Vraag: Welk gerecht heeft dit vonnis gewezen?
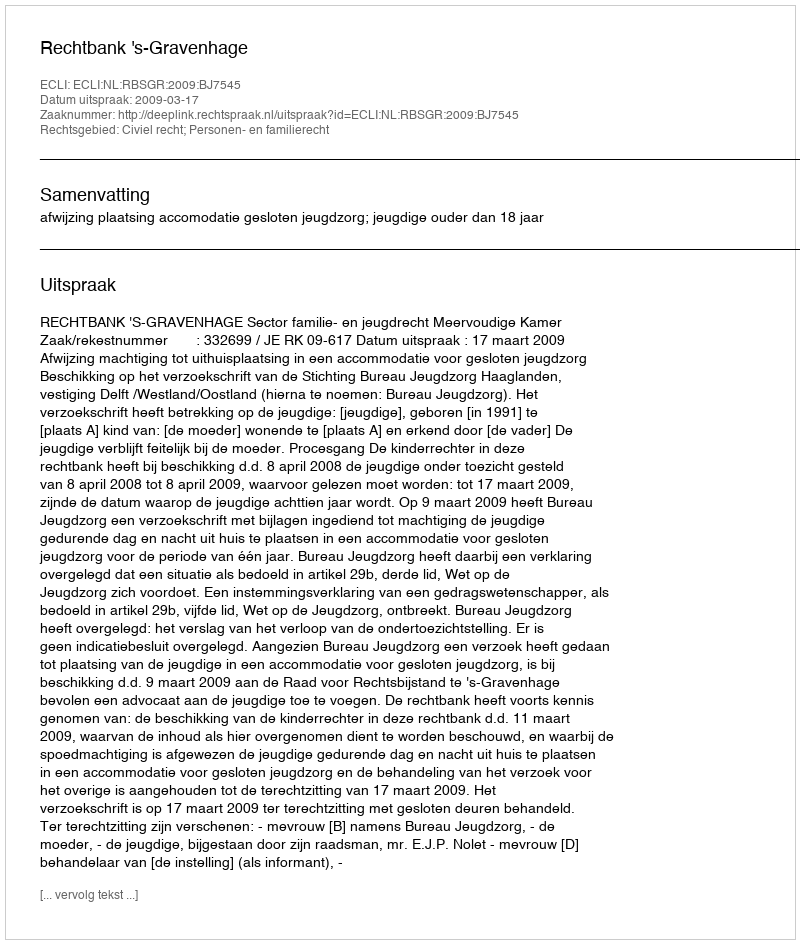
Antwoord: Rechtbank 's-Gravenhage